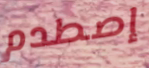
إصطدم